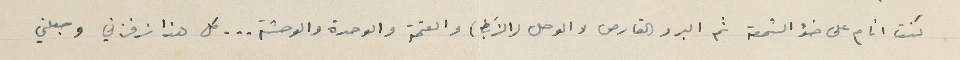
كنت انام على ضؤ الشمعة ثم البرد القارص والوحل (الزَبط) والعتمة والوحدة والوحشة ... كل هذا نرفزني وجعلني